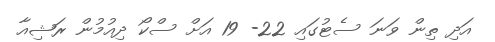
އަދި ތިން ވަނަ ސެޓުގައި 22- 19 އަށް ސްކޯ ދިއުމުން ރަޝިއާ